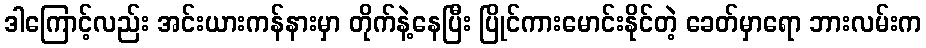
ဒါကြောင့်လည်း အင်းယားကန်နားမှာ တိုက်နဲ့နေပြီး ပြိုင်ကားမောင်းနိုင်တဲ့ ခေတ်မှာရော ဘားလမ်းက